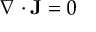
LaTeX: \nabla \cdot \mathbf { J } = 0